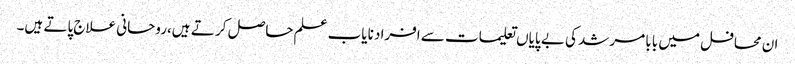
ان محافل میں بابا مرشد کی بے پایاں تعلیمات سے افراد نایاب علم حاصل کر تے ہیں،روحانی علاج پاتے ہیں۔